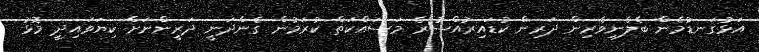
އަޅުގަނޑުމެން ބެލެނިވެރިން ދަރިން ކުޑައިރުއްސުރެ މަސައްކަތް ކުރަމުން ގެންދަނީ ދަރީންނަށް ކިޔަވައިދީ މޮޅު